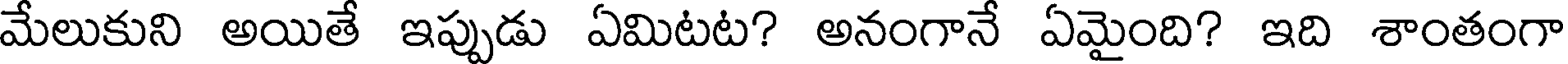
మేలుకుని అయితే ఇప్పుడు ఏమిటట? అనంగానే ఏమైంది? ఇది శాంతంగా